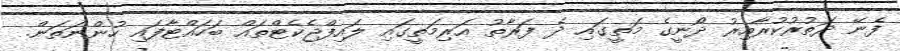
ފެނޭ ދަތުރުކުރާއިރު ދޯނީގެ މަތީގައި ދެ ފަރާތު އަރިމަތީގައި ލައިފްޖެކެޓްތައް ބަހައްޓާފައި ހުންނަތަން.